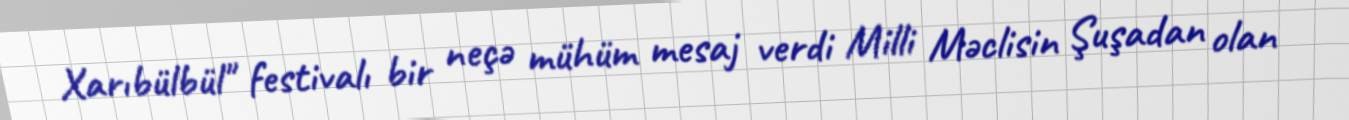
Xarıbülbül" festivalı bir neçə mühüm mesaj verdi Milli Məclisin Şuşadan olan